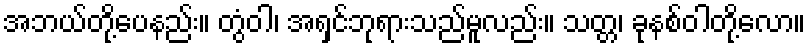
အဘယ်တို့ပေနည်း။ တွံဝါ၊ အရှင်ဘုရားသည်မူလည်း။ သတ္တ၊ ခုနစ်ဝါတို့လော။